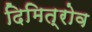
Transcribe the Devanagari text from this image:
दिमित्रोव